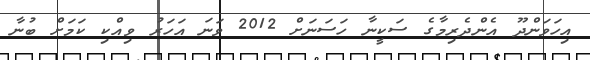
އިހަވަންދޫ އެންދެރިމާގެ ސަކީނާ ހަސަނަށް 2012 ވަނަ އަހަރު ވިއްކި ކަމަށް ބުނާ